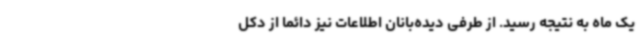
یک ماه به نتیجه رسید. از طرفی دیده‌بانان اطلاعات نیز دائما از دکل